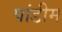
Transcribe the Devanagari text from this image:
पांडीम